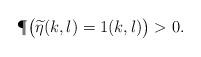
LaTeX: \begin{align*}\P\big(\widetilde\eta(k,l)=1(k,l)\big)>0.\end{align*}